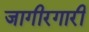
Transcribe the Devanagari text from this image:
जागीरगारी